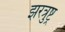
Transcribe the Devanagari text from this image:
झरत्रुष्ट्र